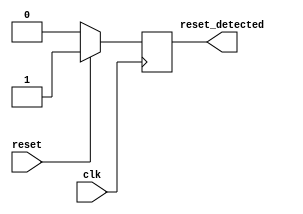
module synchronous_reset_detector (
    input wire clk,               // System clock signal
    input wire reset,             // Active high reset signal
    output reg reset_detected     // Output indicating reset condition
);

// Always block for synchronous reset detection
always @(posedge clk) begin
    if (reset) begin
        reset_detected <= 1'b1;   // Set reset_detected high when reset is active
    end else begin
        reset_detected <= 1'b0;   // Set reset_detected low when reset is inactive
    end
end

endmodule